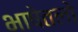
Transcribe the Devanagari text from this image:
भाषेतलो